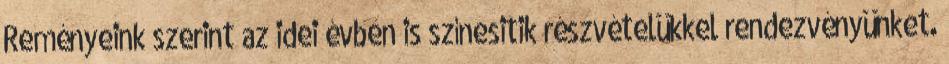
Reményeink szerint az idei évben is színesitik részvételükkel rendezvényünket.